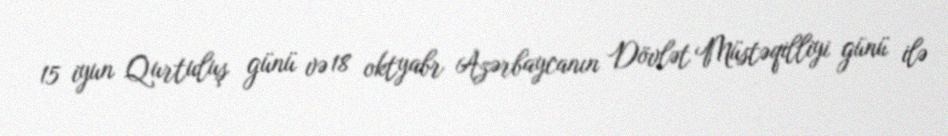
15 iyun Qurtuluş günü və 18 oktyabr Azərbaycanın Dövlət Müstəqilliyi günü ilə